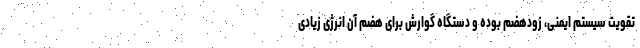
تقویت سیستم ایمنی، زودهضم بوده و دستگاه گوارش برای هضم آن انرژی زیادی